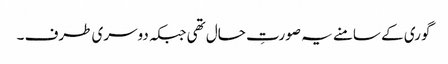
گوری کے سامنے یہ صورتِ حال تھی جبکہ دوسری طرف ۔